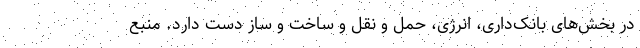
در بخش‌های بانک‌داری، انرژی، حمل و نقل و ساخت و ساز دست دارد. منبع